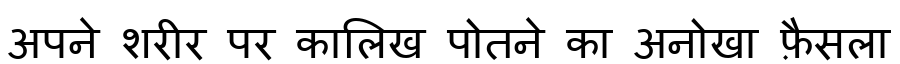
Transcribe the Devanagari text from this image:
अपने शरीर पर कालिख पोतने का अनोखा फ़ैसला